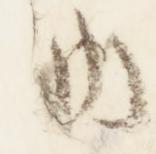
納